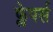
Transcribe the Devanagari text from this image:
फ्लेपर्स